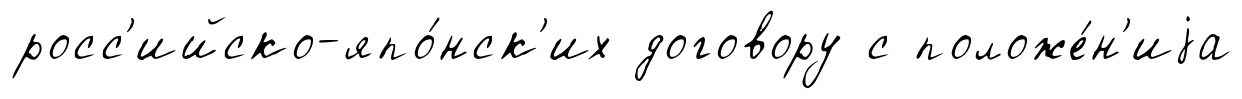
росс'ийско-япо́нск'их договору с положе́н'иjа